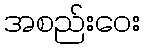
အစည်းဝေး